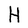
Character: H